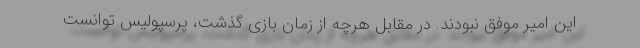
این امیر موفق نبودند. در مقابل هرچه از زمان بازی گذشت، پرسپولیس توانست